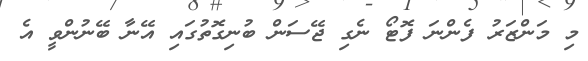
މި މަންޒަރު ފެންނަ ފޮޓޯ ނެގި ޖޭސަން ބުނިގޮތުގައި އޭނާ ބޭނުންވީ އެ